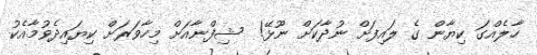
ހާލެއްގަ ކިޔާން ގެ ލައިފަށް ނުދާކަށް ނޫޅޭ!  ޝިފްނާއަށް މިހާވަރަށް ކިޔައިދެވުމާއެކު